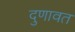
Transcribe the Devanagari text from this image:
दुणावत